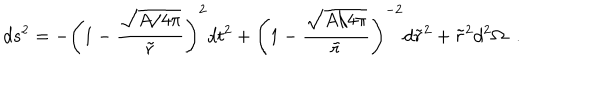
LaTeX: d s ^ { 2 } = - \left( 1 - { \frac { \sqrt { A / 4 \pi } } { \tilde { r } } } \right) ^ { 2 } d t ^ { 2 } + \left( 1 - { \frac { \sqrt { A / 4 \pi } } { \tilde { r } } } \right) ^ { - 2 } d \tilde { r } ^ { 2 } + \tilde { r } ^ { 2 } d ^ { 2 } \Omega \; \; .